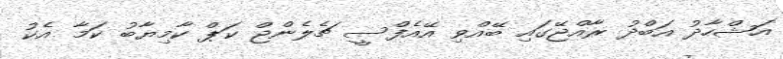
އަޝްހާދު އަބްދު ރާއްޖޭގައި ބޭއްވި އޭއެފްސީ ޗެލެންޖް ކަޕް ކާމިޔާބު ކަމާ އެކު